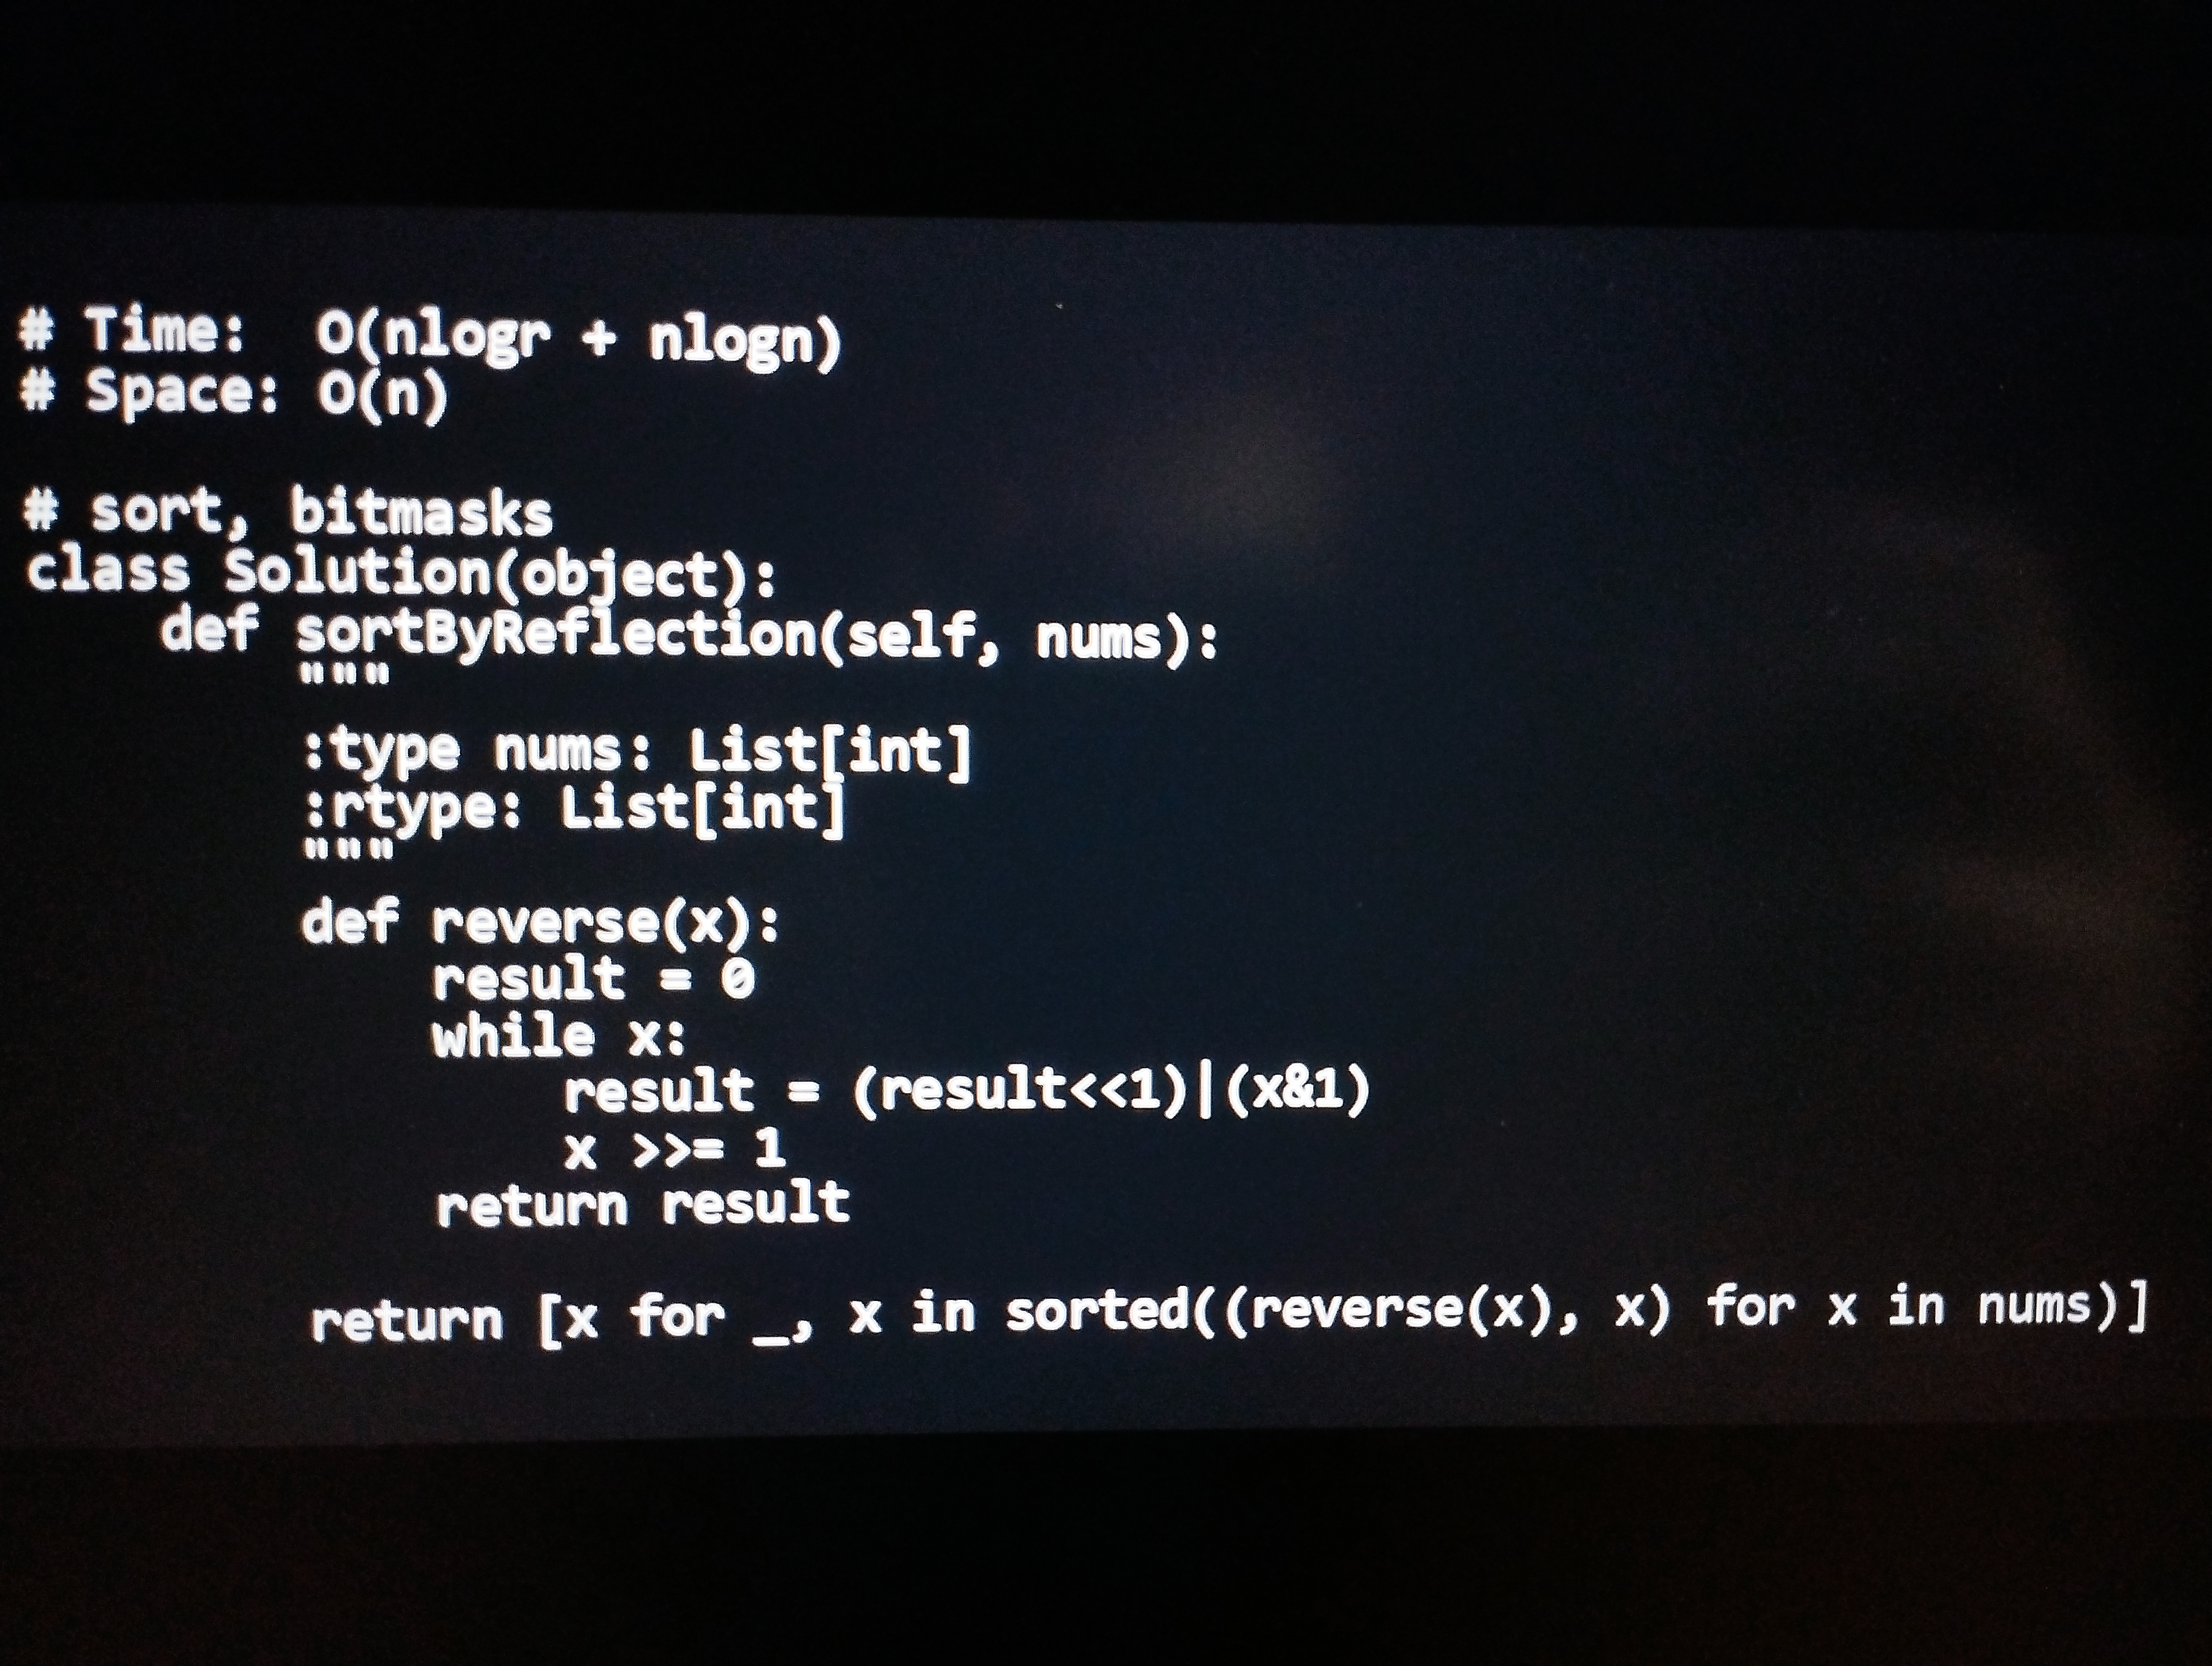
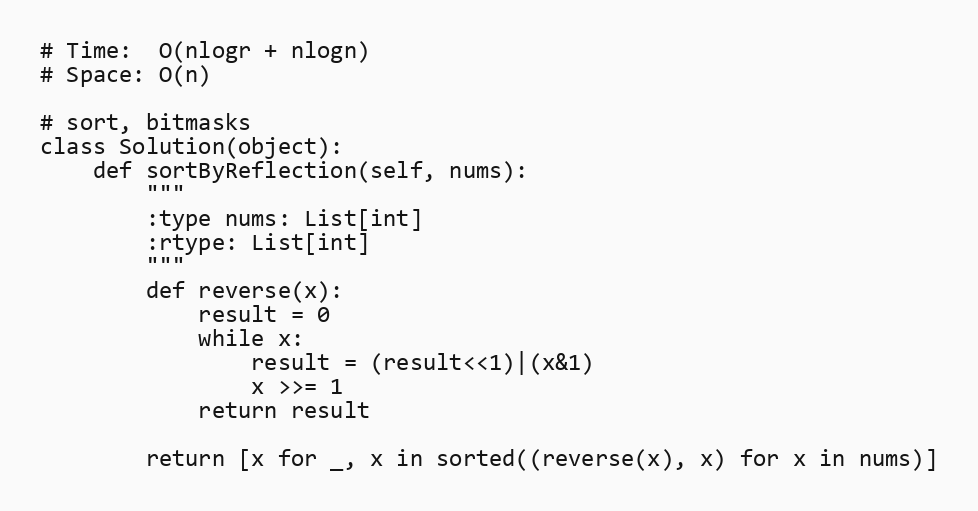
# Time:  O(nlogr + nlogn)
# Space: O(n)

# sort, bitmasks
class Solution(object):
    def sortByReflection(self, nums):
        """
        :type nums: List[int]
        :rtype: List[int]
        """
        def reverse(x):
            result = 0
            while x:
                result = (result<<1)|(x&1)
                x >>= 1
            return result

        return [x for _, x in sorted((reverse(x), x) for x in nums)]